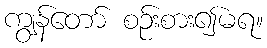
ကျွန်တော် စဉ်းစား၍မရ။